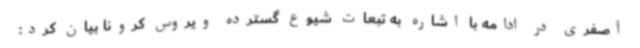
آصفری در ادامه با اشاره به تبعات شیوع گسترده ویروس کرونا بیان کرد: